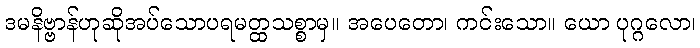
ဒမနိဗ္ဗာန်ဟုဆိုအပ်သောပရမတ္ထသစ္စာမှ။ အပေတော၊ ကင်းသော။ ယော ပုဂ္ဂလော၊